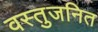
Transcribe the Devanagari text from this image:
वस्तुजनित